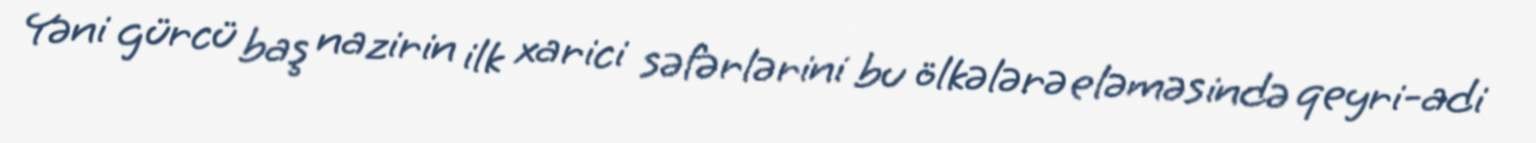
Yəni gürcü baş nazirin ilk xarici səfərlərini bu ölkələrə eləməsində qeyri-adi